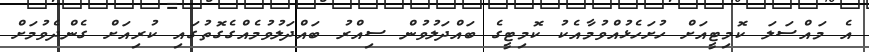
އެ މައްސަލަ ކޮމިޓީއަށް ހުށަހެޅުއްވުމާއެކު ކޮމިޓީގެ ބައްދަލުވުން ސިއްރު ބައްދަލުވުމެއްގެގޮތުގައި ކުރިއަށް ގެންދެވުމަށް